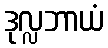
ဒုလ္လဘာယံ